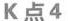
K 点4